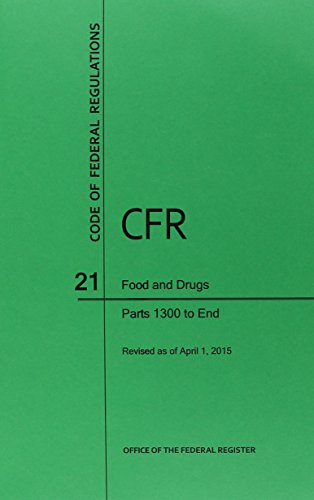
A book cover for Code of Federal Regulations Title 21, Food and Drugs, Parts 1300-end, 2015; Law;